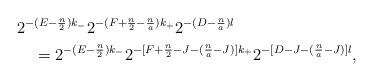
LaTeX: \begin{align*}&2^{-(E-\frac{n}{2})k_-}2^{-(F+\frac{n}{2}-\frac{n}{a})k_+}2^{-(D-\frac{n}{a})l}\\&\quad=2^{-(E-\frac{n}{2})k_-}2^{-[F+\frac{n}{2}-J-(\frac{n}{a}-J)]k_+}2^{-[D-J-(\frac{n}{a}-J)]l},\end{align*}